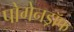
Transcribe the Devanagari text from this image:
पोगेनड्रॉफ